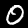
Label: 0